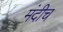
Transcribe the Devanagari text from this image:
मंदीच